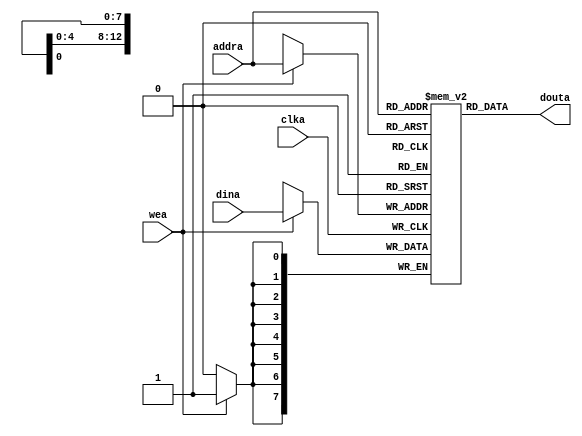
`timescale 1ns / 1ps
`default_nettype wire
module async_ram #(
    parameter integer WORDS = 8192,
    parameter ABITS = 13
)(
    input clka,
    input wea,
    input [ABITS - 1:0] addra,
    input [7:0] dina,
    output [7:0] douta
);

    reg [7:0] ram [0:WORDS-1];
    
    always@(posedge clka) begin
        if (wea)
            ram[addra] <= dina;
    end
    
    assign douta = ram[addra];

endmodule